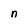
Character: n